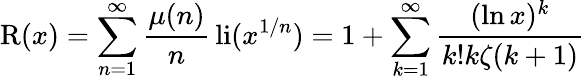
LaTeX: \operatorname{R}(x)=\sum_{n=1}^{\infty}{\frac{\mu(n)}{n}}\operatorname{li}(x^{1/n})=1+\sum_{k=1}^{\infty}{\frac{(\ln x)^{k}}{k!k\zeta(k+1)}}